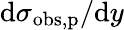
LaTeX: \mathrm{d}\sigma_{\mathrm{obs,p}}/\mathrm{d}y